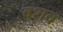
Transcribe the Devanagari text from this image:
वशव